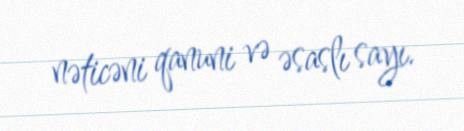
nəticəni qanuni və əsaslı sayı.